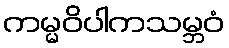
ကမ္မဝိပါကသမ္ဘဝံ